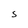
Character: S